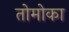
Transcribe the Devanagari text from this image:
तोमोका